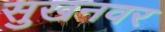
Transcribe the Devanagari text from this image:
सुखनवर